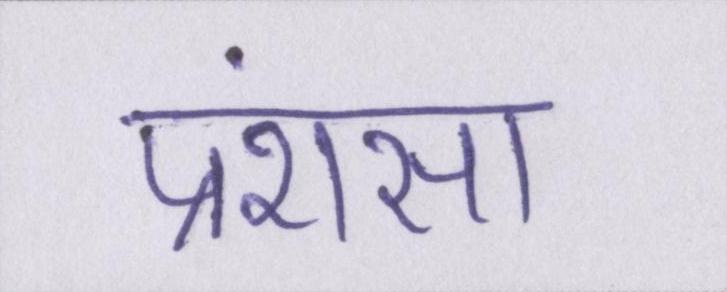
प्रंशसा